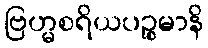
ဗြဟ္မစရိယပဉ္စမာနိ